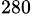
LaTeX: ^{280}